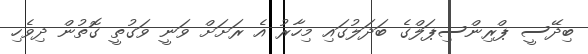
ބިދޭސީ ޕްރިންސިޕަލްގެ ބަދަލުގައި މިހާރު އެ ރަށަށް ވަނީ ވަގުތީ ގޮތުން ދިވެހި